Vaccination in Bombay 1889-1901 - 1889-1901
Year: 1889
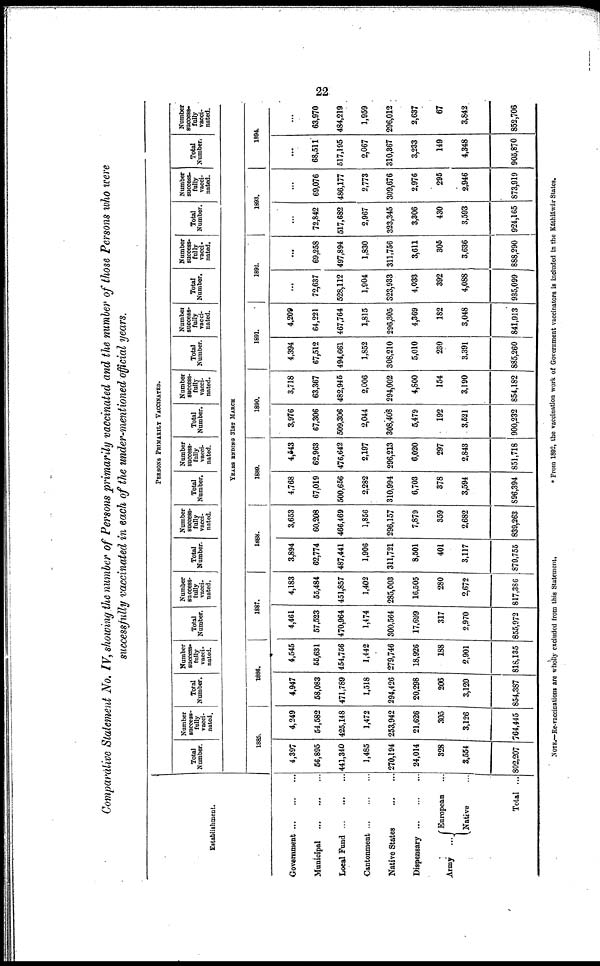
22
Comparative Statement No. IV, showing the number of Persons primarily vaccinated and the number of those Persons who were
successfully vaccinated in each of the under-mentioned official years.
Establishment.
Government
...
...
...
Municipal
...
...
...
Local Fund
...
...
...
Cantonment
...
...
...
Native States
...
...
Dispensary
...
...
...
Army ...
European ...
Native ...
Total ...
PERSONS PRIMARILY VACCINATED.
Total
Number.
Number
success-
fully
vacci-
nated.
Total
Number.
Number
success¬
fully
vacci-
nated.
Total
Number.
Number
success-
fully
vacci-
nated.
Total
Number.
Number
success-
fully
vacci-
nated.
Total
Number.
Number
success-
fully
vacci-
nated.
Total
Number.
Number
success-
fully
vacci-
nated.
Total
Number.
Number
success-
fully
vacci-
nated.
Total
Number.
Number
success¬
fully
vacci-
nated.
Total
Number.
Number
success-
fully
vacci-
nated.
Total
Number.
Number
success-
fully
vacci-
nated.
YEARS ENDING 31ST MARCH
1885.
4,397
56,895
441,340
1,485
270,194
24,014
328
3,554
802,207
4,249
54,582
425,148
1,472
253,942
21,626
305
3,126
764,445
1886.
4,947
58,083
471,789
1,518
294,426
20,298
206
3,120
854,387
4,545
55,631
454,756
1,442
279,746
18,926
188
2,901
818,135
1887.
4,461
57,523
470,964
1,474
300,564
17,699
317
2,970
855,972
4,183
55,484
451,857
1,402
285,003
16,505
280
2,672
817,386
1888.
3,894
62,774
487,441
1,906
311,721
8,501
401
3,117
879,755
3,653
60,208
466,469
1,856
296,157
7,879
359
2,682
839,263
1889.
4,768
67,019
500,656
2,282
310,994
6,703
378
3,594
896,394
4,543
62,963
476,642
2,197
296,213
6,020
297
2,843
851,718
1890.
3,976
67,306
509,306
2,044
308,408
5,479
192
3,521
900,232
3,718
63,367
482,946
2,006
294,002
4,800
154
3,190
854,182
1891.
4,394
67,512
494,661
1,852
308,210
5,010
230
3,391
885,260
4,209
64,221
467,764
1,815
296,305
4,369
182
3,048
841,913
1892.
...
72,637
528,112
1,904
323,933
4,033
392
4,088
935,099
...
69,258
497,894
1,830
311,756
3,611
305
3,636
888,290
1893.
...
72,842
517,682
2,967
323,345
3,306
430
3,593
924,165
...
69,076
486,177
2,773
309,676
2,976
295
2,946
873,919
1894
...
68,511
517,195
2,067
310,367
3,233
149
4,348
905,870
...
63,970
484,219
1,959
296,012
2,637
67
3,842
852,706
NOTE.—Re-vaccinations are wholly excluded from this Statement.
* From 1892, the vaccination work of Government vaccinators is included in the Káthiáwár States.